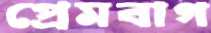
প্রেমবাগ